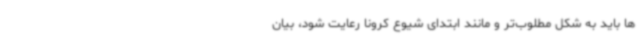
ها باید به شکل مطلوب‌تر و مانند ابتدای شیوع کرونا رعایت شود، بیان